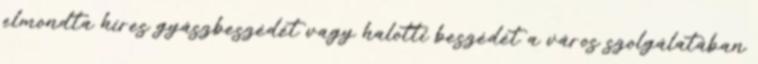
elmondta híres gyászbeszédét vagy halotti beszédét a város szolgálatában